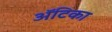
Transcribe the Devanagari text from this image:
अॅटिका